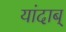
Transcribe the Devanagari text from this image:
यांदाब्